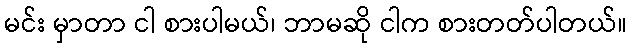
မင်း မှာတာ ငါ စားပါမယ်၊ ဘာမဆို ငါက စားတတ်ပါတယ်။